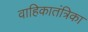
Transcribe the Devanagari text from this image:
वाहिकातंत्रिका